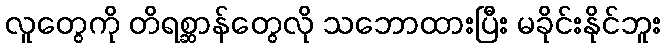
လူတွေကို တိရစ္ဆာန်တွေလို သဘောထားပြီး မခိုင်းနိုင်ဘူး